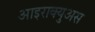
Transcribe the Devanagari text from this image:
आइराक्युअस